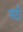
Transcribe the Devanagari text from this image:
मदी